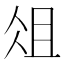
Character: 俎